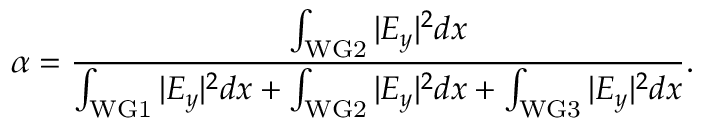
\alpha = \frac { \int _ { \mathrm { W G 2 } } | E _ { y } | ^ { 2 } d x } { \int _ { \mathrm { W G 1 } } | E _ { y } | ^ { 2 } d x + \int _ { \mathrm { W G 2 } } | E _ { y } | ^ { 2 } d x + \int _ { \mathrm { W G 3 } } | E _ { y } | ^ { 2 } d x } .